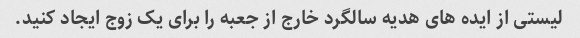
لیستی از ایده های هدیه سالگرد خارج از جعبه را برای یک زوج ایجاد کنید.